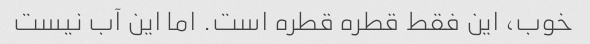
خوب، این فقط قطره قطره است. اما این آب نیست